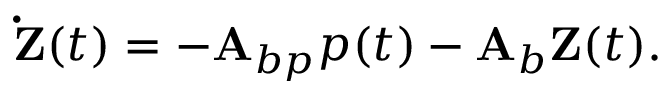
\mathbf { \dot { Z } } ( t ) = - \mathbf { A } _ { b p } p ( t ) - \mathbf { A } _ { b } \mathbf { Z } ( t ) .